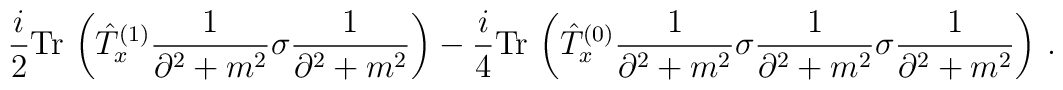
\frac{i}{2}{\rm Tr}\,\left(\hat{T}_x^{(1)}\frac{1}{\partial^2+m^2}\sigma\frac{1}{\partial^2+m^2}\right)-\frac{i}{4}{\rm Tr}\,\left(\hat{T}_x^{(0)}\frac{1}{\partial^2+m^2}\sigma\frac{1}{\partial^2+m^2}\sigma\frac{1}{\partial^2+m^2}\right)\,.